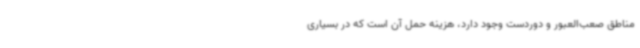
مناطق صعب‌العبور و دوردست وجود دارد، هزینه حمل آن است که در بسیاری